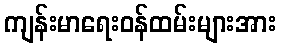
ကျန်းမာရေးဝန်ထမ်းများအား